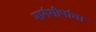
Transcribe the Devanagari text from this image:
मार्गशीर्षाचा